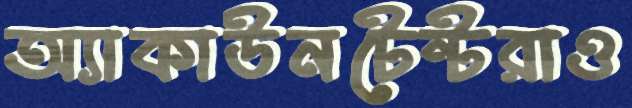
অ্যাকাউনটেন্টরাও